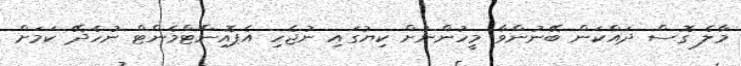
މާލެ ގޮސް ދައްކަން ބޭނުންވާ މީހުންނަށް ކިޔުގައި ނުޖެހި އެޕޮއިންޓްމެންޓް ނުހެދޭ ކަމަށް